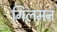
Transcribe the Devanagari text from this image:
गिलमन